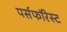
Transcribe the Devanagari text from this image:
पर्सफॉरेस्ट